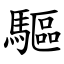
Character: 驅